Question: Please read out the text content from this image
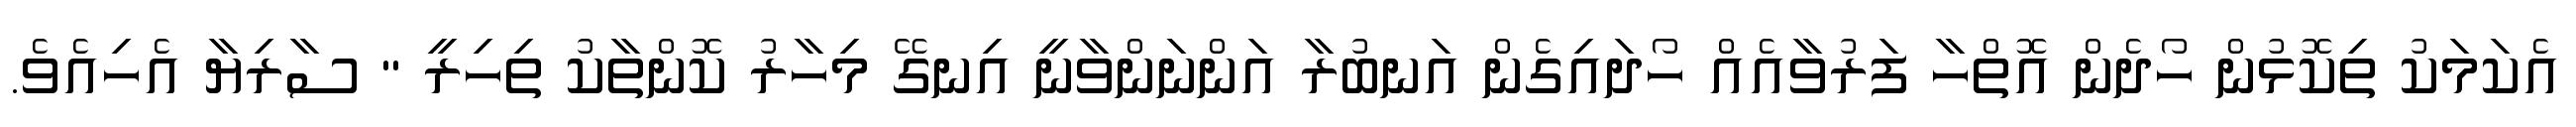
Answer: އެކަމަކު ތިކޮޅުން ހޯދެން އޮތްހާ ފަރުވާއެއް ހޯދައިގެން އަނބުރާ އަންނަންވާނީ އިނގޭ މިހާރު ކޮންތާކު ތިހިރީ " ސާރިޔާ އެހިއެވެ.